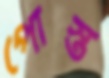
পোস্ত